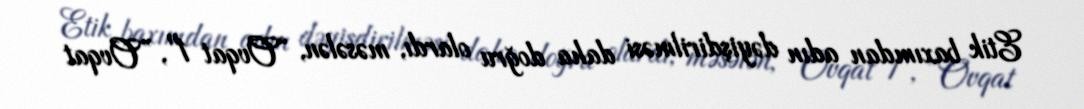
Etik baxımdan adın dəyişdirilməsi daha doğru olardı, məsələn, “Ovqat 1", ”Ovqat